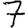
Digit: 7